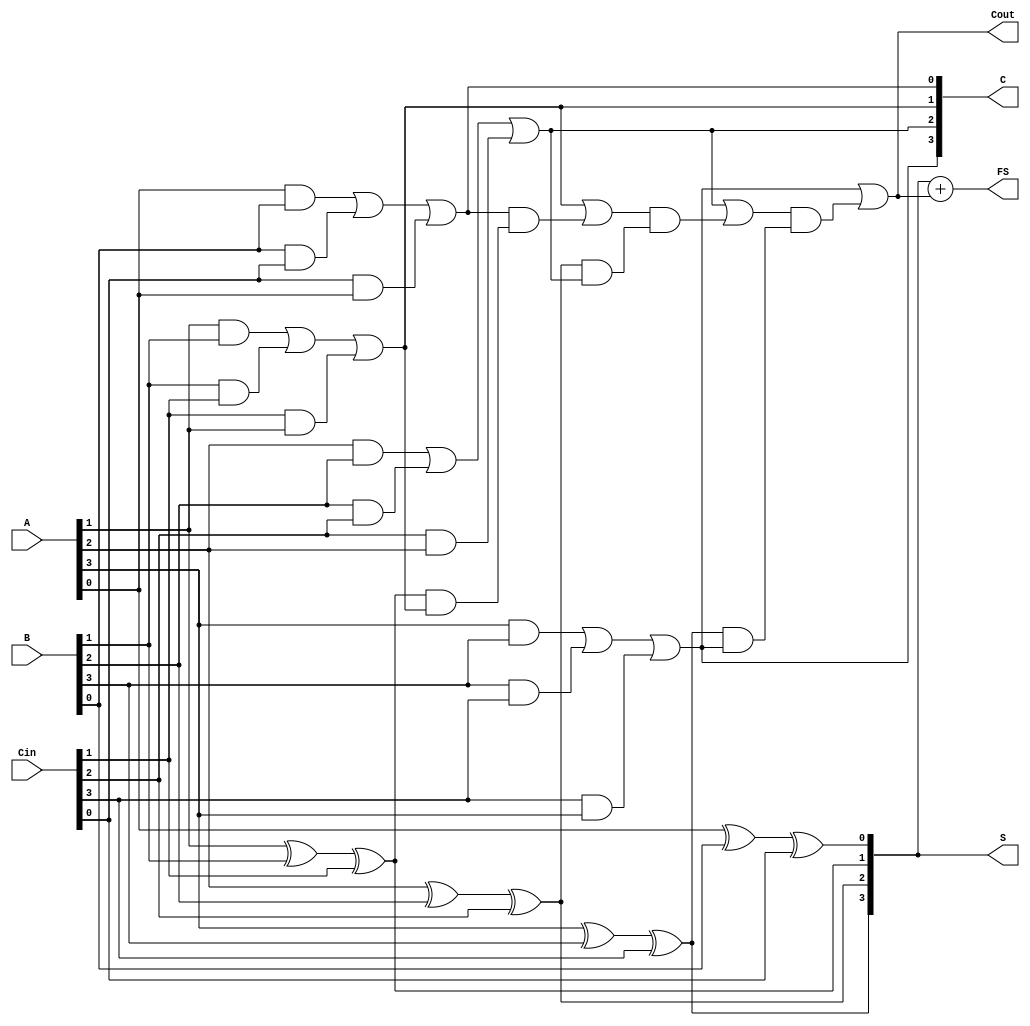
module CarrySaveAdder #(
    parameter WIDTH = 4 // Parameter for the bit width of the inputs
)(
    input [WIDTH-1:0] A,   // First operand
    input [WIDTH-1:0] B,   // Second operand
    input [WIDTH-1:0] Cin,  // Carry input
    output [WIDTH-1:0] S,   // Partial Sum output
    output [WIDTH-1:0] C,    // Carry output
    output [WIDTH-1:0] FS,   // Final Sum output including carries
    output Cout               // Final Carry Out
);

// Partial Sum and Carry Generation
genvar i;
generate
    for (i = 0; i < WIDTH; i = i + 1) begin : csa
        assign S[i] = A[i] ^ B[i] ^ Cin[i]; // Sum generation
        assign C[i] = (A[i] & B[i]) | (B[i] & Cin[i]) | (Cin[i] & A[i]); // Carry generation
    end
endgenerate

// Carry Propagation Stage
wire [WIDTH:0] Carry; // Carry array to hold intermediate carries
assign Carry[0] = 1'b0; // Initial carry input

// Accumulate carry bits through a ripple carry adder mechanism
generate
    for (i = 0; i < WIDTH; i = i + 1) begin : carry_propagation
        assign Carry[i+1] = C[i] | (Carry[i] & (S[i] & C[i]) );
    end
endgenerate

// Final Sum Calculation
assign FS = S + Carry[WIDTH]; // Final sum with carry from the last stage
assign Cout = Carry[WIDTH];    // Final carry out from the most significant bit

endmodule